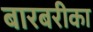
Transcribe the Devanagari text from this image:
बारबरीका